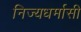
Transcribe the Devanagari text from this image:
निज्यधर्मासी